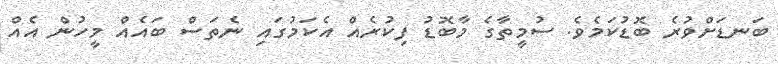
ބަނޑަށްވުރެ ބޮޑުކަމެވެ. ސުމީތާގެ މާބޮޑު ފިކުރެއް އެކަމުގައި ނެތަސް ބައެއް މީހުން އެއް